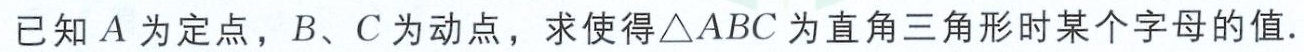
已知 \(A\) 为定点，\(B、C\) 为动点，求使得 \(\triangle ABC\) 为直角三角形时某个字母的值.